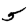
Digit: 5